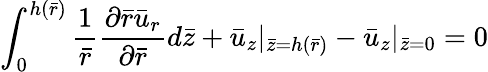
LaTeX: \int_{0}^{h(\bar{r})}\frac{1}{\bar{r}}\frac{{\partial}\bar{r}{\bar{u}}_{r}}{\partial{\bar{r}}}d\bar{z}+{\bar{u}}_{z}|_{\bar{z}=h(\bar{r})}-{\bar{u}}_{z}|_{\bar{z}=0}=0